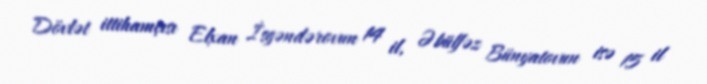
Dövlət ittihamçısı Elxan İsgəndərovun 14 il, Əbülfəz Bünyatovun isə 15 il